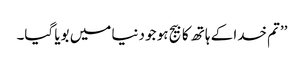
’’تم خدا کے ہاتھ کا بیج ہو جو دنیا میں بویا گیا۔